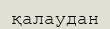
қалаудан